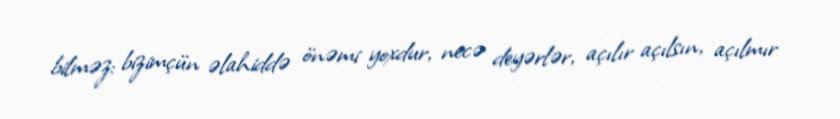
bilməz: bizimçün əlahiddə önəmi yoxdur, necə deyərlər, açılır açılsın, açılmır